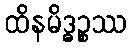
ထိနမိဒ္ဓဉ္စဿ